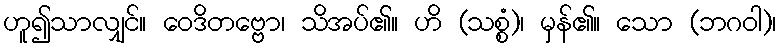
ဟူ၍သာလျှင်။ ဝေဒိတဗ္ဗော၊ သိအပ်၏။ ဟိ (သစ္စံ)၊ မှန်၏။ သော (ဘဂဝါ)၊